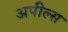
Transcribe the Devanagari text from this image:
अपील्‍स